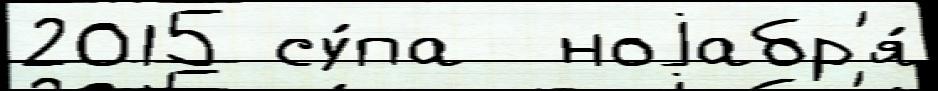
2015 су́па  ноjабр'я́